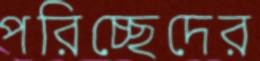
পরিচ্ছেদের